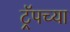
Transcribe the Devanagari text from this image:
ट्रॅपच्या